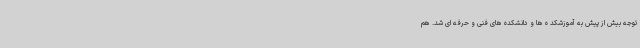
توجه بیش از پیش به آموزشکد ه ها و دانشکده های فنی و حرفه ای شد. هم